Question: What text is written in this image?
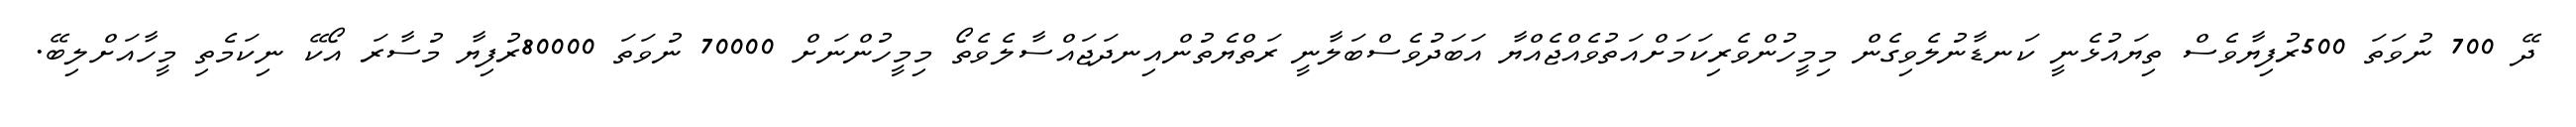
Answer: ދޭ 700 ނުވަތަ 500ރުފިޔާވެސް ތިޔައުޅެނީ ކަނޑާނުލެވިގެން މިމީހުންވެރިކަމަށްއަތުވެއްޖެއްޔާ އަބަދުވެސްބަލާނީ ރަތްޔެތުންއިނދަޖައްސާލެވެތޯ މިމީހުންނަށް 70000 ނުވަތަ 80000ރުފިޔާ މުސާރަ އޯކޭ ނިކަމެތި މީހާއަށްލިބޭ.